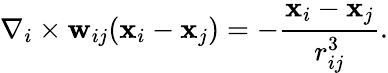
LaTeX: {\mathbf\nabla}_{i}\times{\mathbf w}_{ij}({\mathbf x}_{i}-{\mathbf x}_{j})=-\frac{{\mathbf x}_{i}-{\mathbf x}_{j}}{r_{ij}^{3}}.